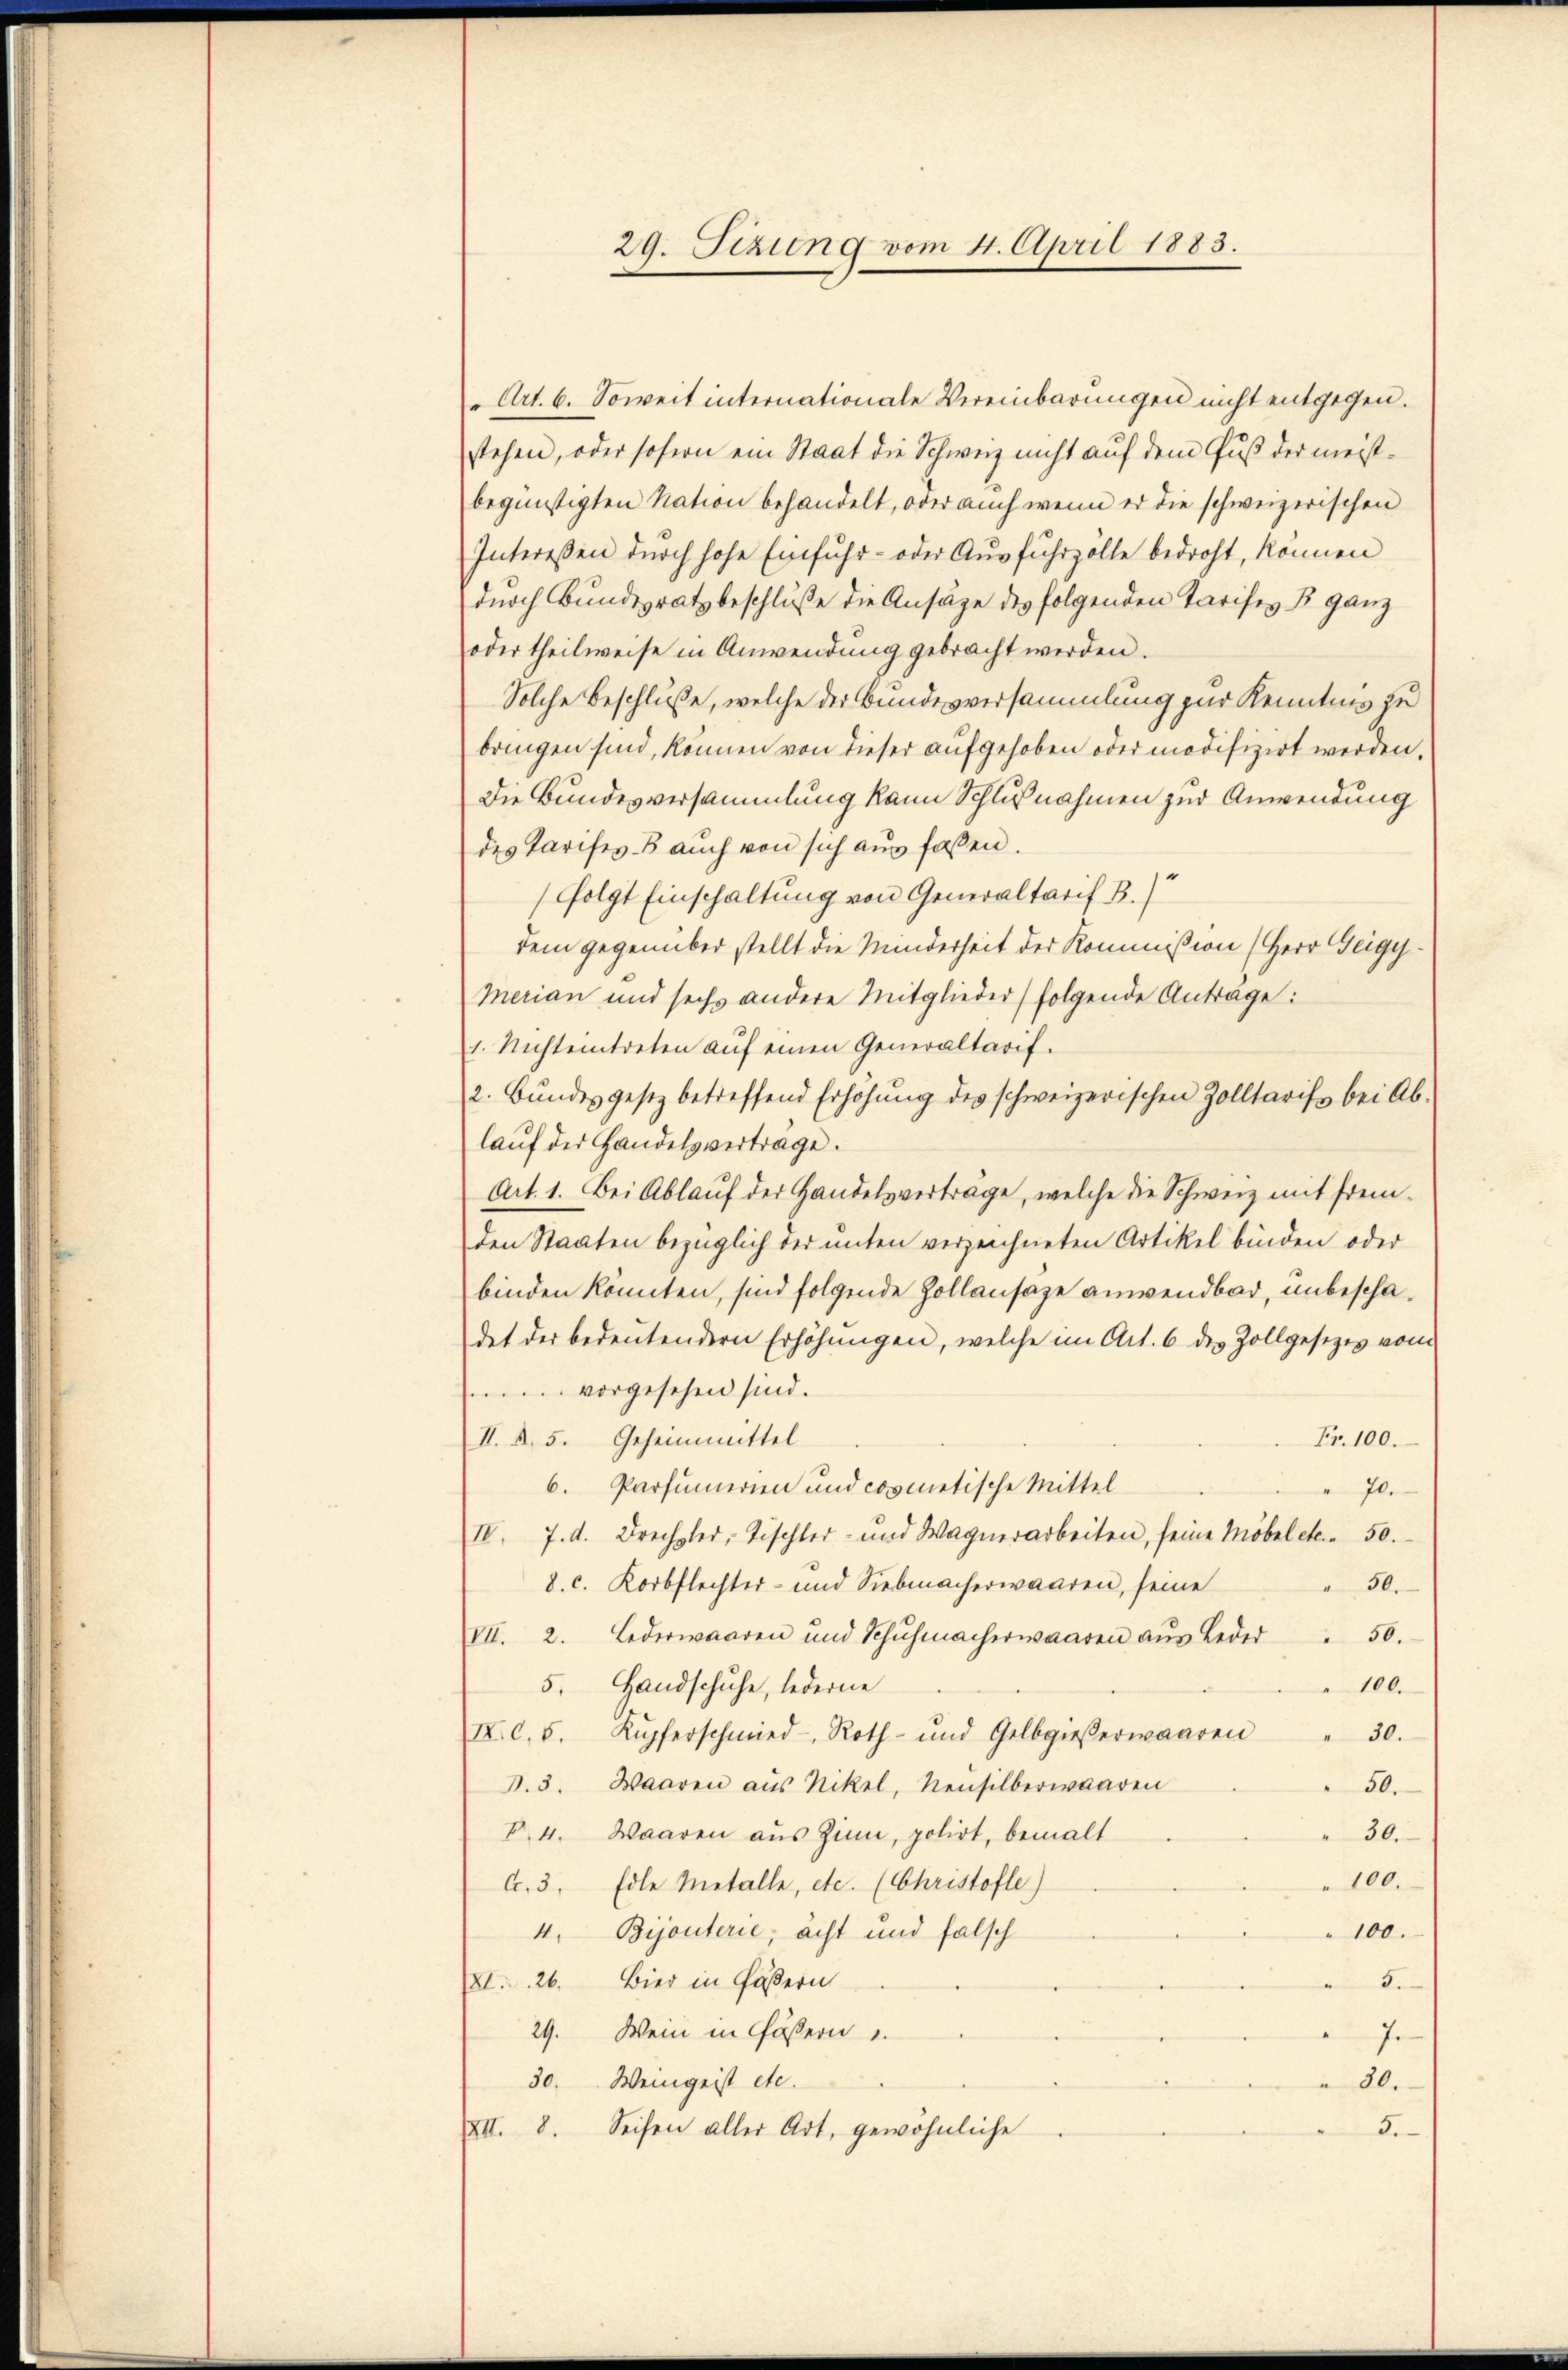
29. Fizung vom 4. April 1883.

"Art. 6. Soweit internationale Vereinbarungen nicht entgegen.
stehen, oder sofern ein Staat die Schweiz nicht auf dem Fuß der meistbegünstigten Nation behandelt, oder auch wenn er die schweizerischen
Intereßen durch hohe Einfuhr- oder Ausfuhrzölle bedroht, können
durch Bunderatz beschluße die Ansäge des folgenden Tarises B. ganz
oder theilweise in Anwendung gebracht werden.
Solche Beschluße, welche der Bundesversammlung zur Kenntnis zu
bringen sind, können von dieser aufgehoben oder modifizirt werden,
Die Bundesversammlung kann Schlußnahmen zur Anwendung
des Tarifes-B aŭch von sich aŭs fassen.
(folgt Einschaltung von Generaltarif B.)
dem gegenüber stellt die Minderheit der Kommißion (Herr Geigy¬
Merian und sechs andere Mitglieder folgende Antrage:
1. Nichteintreten auf einen Generaltarif.
2. Bŭndesgesetz betreffend Erhöhŭng des schweizerischen Zolltarifs bei Ab-
laŭf der Handelsvertrage.
Art. 1. Bei Ablaŭf der Handelsvertrage, welche die Schweiz mit frem-
den Staaten bezüglich der unten verzeichneten Artikel binden oder
binden könnten, sind folgende Zollansaze anwendbar, unbeschädet der bedeutendern Erhöhungen, welche im Art. 6 des Zollgesetzes vom
en vorgesehen sind.
Fr. 100.
II. A. 5. Geheimmittel
6. Parfumerien und cosmetische Mittel
70.
IV. 7. d. Drechsler, Tischler- und Wagnerarbeiten, seine Möbel etc. . 50.
8. c. Korbflechter- und Siebmacherwaaren, seine
50.
VII. 2. Lederwaaren und Schŭhmacherwaaren aŭs Leder " 50.
100.
5. Handschuhe, lederne
IV.C. 5. Kopferschmied - Roth- und Gelbgieβerwaaren " 30.
d.3. Waaren aus Nikel, Neusilberwaaren
50.
30.
P.4. Waaren aus Zinn, polirt, bemalt
100.
C. 3. Edle Metalle, etc. (Christofle)
4. Bijouterie, acht und falsch
100.
XI. 26. Bier in Fäßern
5.
29. Wein in Fässern
7.
30. Weingeist etc.
30.
XII. 8. Seifen aller Art, gewöhnliche
5.